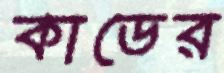
কাডের